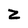
Character: Z